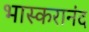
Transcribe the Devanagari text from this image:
भास्करानंद